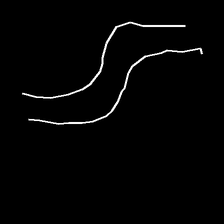
Glyph: float